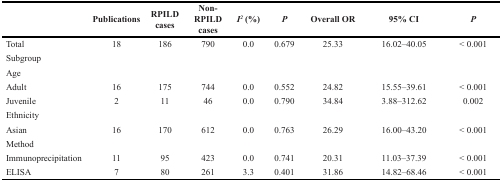
|  | Publications | RPILD cases | Non-RPILD cases | I2 (%) | P | Overall OR | 95% CI | P |
 | --- | --- | --- | --- | --- | --- | --- | --- | --- |
 | Total | 18 | 186 | 790 | 0.0 | 0.679 | 25.33 | 16.02–40.05 | < 0.001 |
 | Subgroup |  |  |  |  |  |  |  |  |
 | Age |  |  |  |  |  |  |  |  |
 | Adult | 16 | 175 | 744 | 0.0 | 0.552 | 24.82 | 15.55–39.61 | < 0.001 |
 | Juvenile | 2 | 11 | 46 | 0.0 | 0.790 | 34.84 | 3.88–312.62 | 0.002 |
 | Ethnicity |  |  |  |  |  |  |  |  |
 | Asian | 16 | 170 | 612 | 0.0 | 0.763 | 26.29 | 16.00–43.20 | < 0.001 |
 | Method |  |  |  |  |  |  |  |  |
 | Immunoprecipitation | 11 | 95 | 423 | 0.0 | 0.741 | 20.31 | 11.03–37.39 | < 0.001 |
 | ELISA | 7 | 80 | 261 | 3.3 | 0.401 | 31.86 | 14.82–68.46 | < 0.001 |